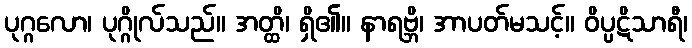
ပုဂ္ဂလော၊ ပုဂ္ဂိုလ်သည်။ အတ္ထိ၊ ရှိ၏။ နာရဗ္ဘိ၊ အာပတ်မသင့်။ ဝိပ္ပဋိသာရီ၊